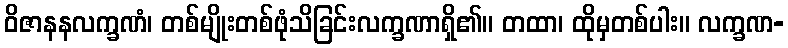
ဝိဇာနနလက္ခဏံ၊ တစ်မျိုးတစ်ဖုံသိခြင်းလက္ခဏာရှိ၏။ တထာ၊ ထိုမှတစ်ပါး။ လက္ခဏ-